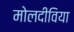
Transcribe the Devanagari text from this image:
मोलदीविया